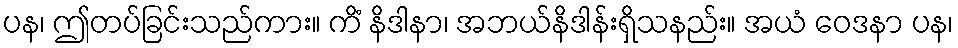
ပန၊ ဤတပ်ခြင်းသည်ကား။ ကိံ နိဒါနာ၊ အဘယ်နိဒါန်းရှိသနည်း။ အယံ ဝေဒနာ ပန၊